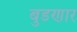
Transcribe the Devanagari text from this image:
बुडणार